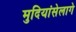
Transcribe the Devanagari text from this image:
मुदियांसेलागे